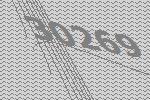
30269